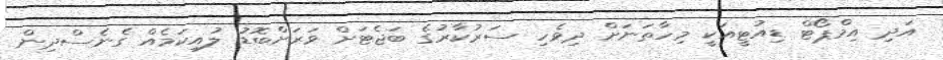
އަދި އިމްޕޯޓް ޑިއުޓީއަކީ މިހާތަނަށް ދިވެހި ސަރުކާރުގެ ބަޖެޓަށް ވަރަށްބޮޑު ލުއިކަމެއް ގެނެސްދިން